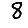
Digit: 8